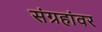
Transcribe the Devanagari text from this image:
संग्रहांवर